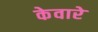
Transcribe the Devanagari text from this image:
केवारे